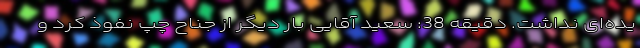
یده‌ای نداشت. دقیقه 38: سعید آقایی بار دیگر از جناح چپ نفوذ کرد و